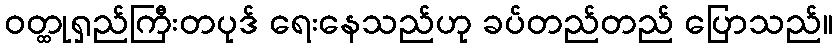
ဝတ္ထုရှည်ကြီးတပုဒ် ရေးနေသည်ဟု ခပ်တည်တည် ပြောသည်။